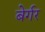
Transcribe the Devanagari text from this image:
बेर्गर